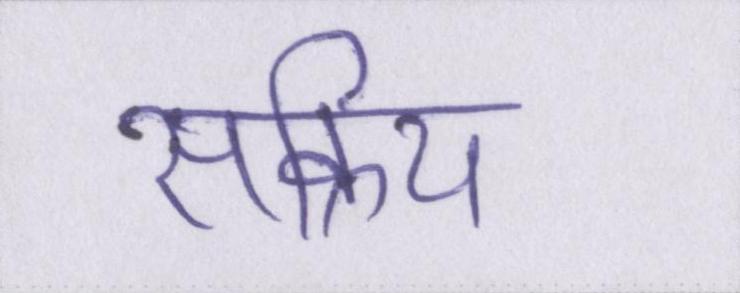
सक्रिय